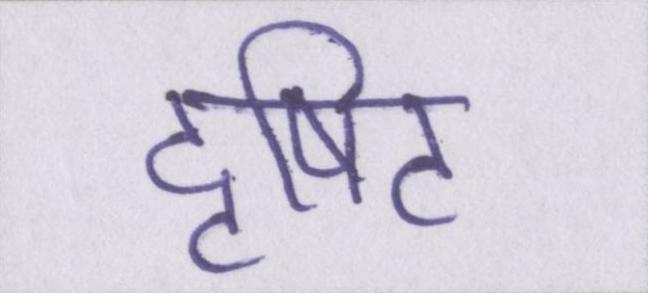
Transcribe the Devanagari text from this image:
दृषिट